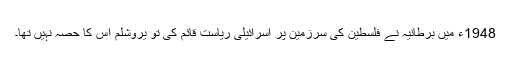
1948ء میں برطانیہ نے فلسطین کی سرزمین پر اسرائیلی ریاست قائم کی تو یروشلم اس کا حصہ نہیں تھا۔